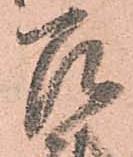
召